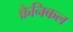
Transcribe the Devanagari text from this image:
क्रैनिकल